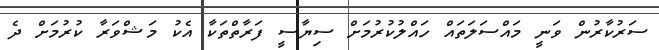
ސަރުކާރުން ވަނީ މައްސަލަތައް ހައްލުކުރުމަށް ސިޔާސީ ފަރާތްތަކާ އެކު މަޝްވަރާ ކުރުމަށް ދެ